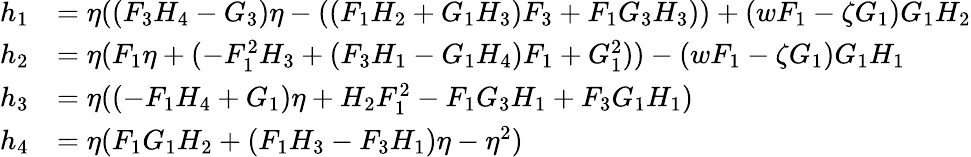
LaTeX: \begin{array}{rl}{h_{1}}&{=\eta((F_{3}H_{4}-G_{3})\eta-((F_{1}H_{2}+G_{1}H_{3})F_{3}+F_{1}G_{3}H_{3}))+(wF_{1}-\zeta G_{1})G_{1}H_{2}}\\ {h_{2}}&{=\eta(F_{1}\eta+(-F_{1}^{2}H_{3}+(F_{3}H_{1}-G_{1}H_{4})F_{1}+G_{1}^{2}))-(wF_{1}-\zeta G_{1})G_{1}H_{1}}\\ {h_{3}}&{=\eta((-F_{1}H_{4}+G_{1})\eta+H_{2}F_{1}^{2}-F_{1}G_{3}H_{1}+F_{3}G_{1}H_{1})}\\ {h_{4}}&{=\eta(F_{1}G_{1}H_{2}+(F_{1}H_{3}-F_{3}H_{1})\eta-\eta^{2})}\end{array}